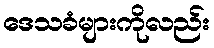
ဒေသခံများကိုလည်း